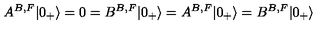
A ^ { B , F } | 0 _ { + } \rangle = 0 = B ^ { B , F } | 0 _ { + } \rangle = A ^ { B , F } | 0 _ { + } \rangle = B ^ { B , F } | 0 _ { + } \rangle ~